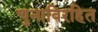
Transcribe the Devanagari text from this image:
चुनाविरहित